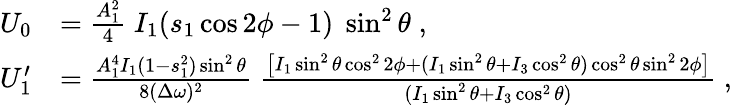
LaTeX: \begin{array}{rl}{U_{0}}&{=\frac{A_{1}^{2}}{4}\; I_{1}(s_{1}\cos{2\phi}-1)\; \sin^{2}{\theta}\; ,}\\ {U_{1}^{\prime}}&{=\frac{A_{1}^{4}I_{1}(1-s_{1}^{2})\sin^{2}{\theta}}{8(\Delta\omega)^{2}}\; \frac{\bigl[I_{1}\sin^{2}{\theta}\cos^{2}{2\phi}+(I_{1}\sin^{2}{\theta}+I_{3}\cos^{2}{\theta})\cos^{2}{\theta}\sin^{2}{2\phi}\bigr]}{(I_{1}\sin^{2}{\theta}+I_{3}\cos^{2}{\theta})}\; ,}\end{array}